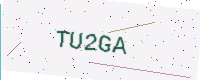
Text: TU2GA